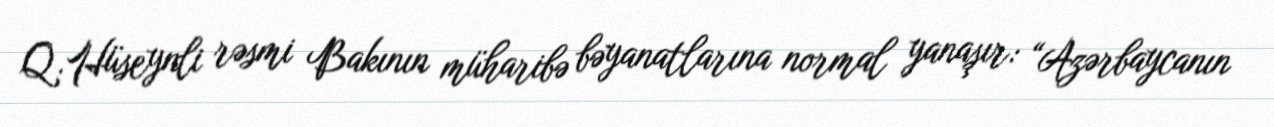
Q.Hüseynli rəsmi Bakının müharibə bəyanatlarına normal yanaşır: “Azərbaycanın